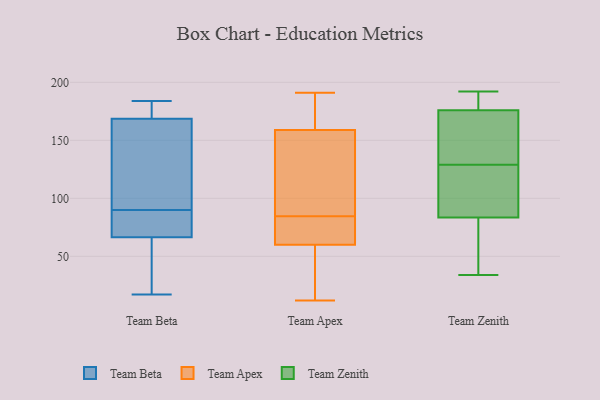
{"axis": {"x": "Website Visitors", "y": "Value"}, "legend": ["Team Apex", "Team Beta", "Team Zenith"], "data": [{"x": "", "y": 176, "type": "Team Beta"}, {"x": "", "y": 120, "type": "Team Beta"}, {"x": "", "y": 77, "type": "Team Beta"}, {"x": "", "y": 102, "type": "Team Beta"}, {"x": "", "y": 78, "type": "Team Beta"}, {"x": "", "y": 184, "type": "Team Beta"}, {"x": "", "y": 167, "type": "Team Beta"}, {"x": "", "y": 24, "type": "Team Beta"}, {"x": "", "y": 56, "type": "Team Beta"}, {"x": "", "y": 17, "type": "Team Beta"}, {"x": "", "y": 170, "type": "Team Beta"}, {"x": "", "y": 78, "type": "Team Beta"}, {"x": "", "y": 191, "type": "Team Apex"}, {"x": "", "y": 94, "type": "Team Apex"}, {"x": "", "y": 86, "type": "Team Apex"}, {"x": "", "y": 161, "type": "Team Apex"}, {"x": "", "y": 167, "type": "Team Apex"}, {"x": "", "y": 68, "type": "Team Apex"}, {"x": "", "y": 12, "type": "Team Apex"}, {"x": "", "y": 60, "type": "Team Apex"}, {"x": "", "y": 27, "type": "Team Apex"}, {"x": "", "y": 83, "type": "Team Apex"}, {"x": "", "y": 157, "type": "Team Apex"}, {"x": "", "y": 126, "type": "Team Apex"}, {"x": "", "y": 66, "type": "Team Apex"}, {"x": "", "y": 186, "type": "Team Apex"}, {"x": "", "y": 30, "type": "Team Apex"}, {"x": "", "y": 60, "type": "Team Apex"}, {"x": "", "y": 88, "type": "Team Zenith"}, {"x": "", "y": 153, "type": "Team Zenith"}, {"x": "", "y": 192, "type": "Team Zenith"}, {"x": "", "y": 82, "type": "Team Zenith"}, {"x": "", "y": 34, "type": "Team Zenith"}, {"x": "", "y": 93, "type": "Team Zenith"}, {"x": "", "y": 183, "type": "Team Zenith"}, {"x": "", "y": 155, "type": "Team Zenith"}, {"x": "", "y": 129, "type": "Team Zenith"}, {"x": "", "y": 188, "type": "Team Zenith"}, {"x": "", "y": 36, "type": "Team Zenith"}]}